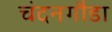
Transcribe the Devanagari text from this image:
चंदनगौडा